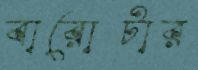
বারোটার